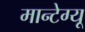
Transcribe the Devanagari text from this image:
मान्टेग्यू